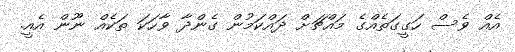
އެއް ވެސް ހަގީގަތެއްގެ މައްޗަށް ދައްކަމުން ގެންދާ ވާހަކަ ތަކެއް ނޫން އެއީ.